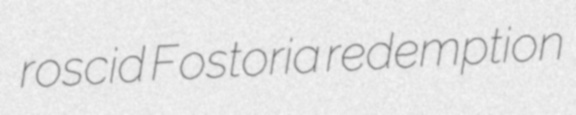
roscid Fostoria redemption